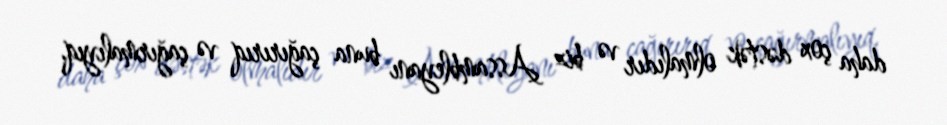
daha çox dəstək olmalıdır və biz Assambleyanı buna çağırırıq və çağırmalıyıq.